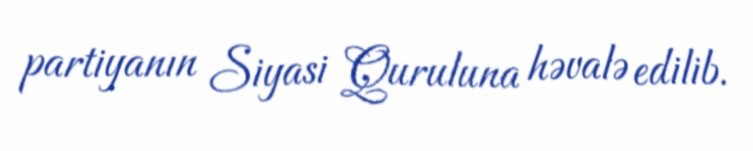
partiyanın Siyasi Quruluna həvalə edilib.